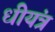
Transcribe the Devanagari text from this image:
धीयंत्र